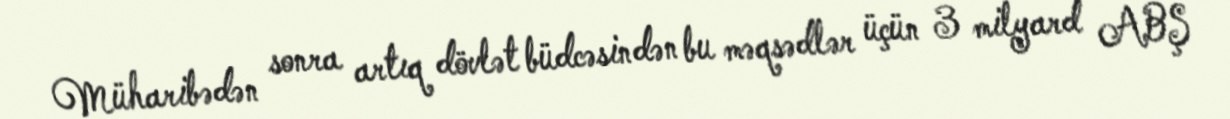
Müharibədən sonra artıq dövlət büdcəsindən bu məqsədlər üçün 3 milyard ABŞ